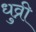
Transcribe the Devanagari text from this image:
धुव्री